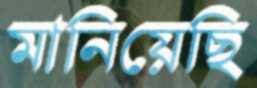
মানিয়েছি